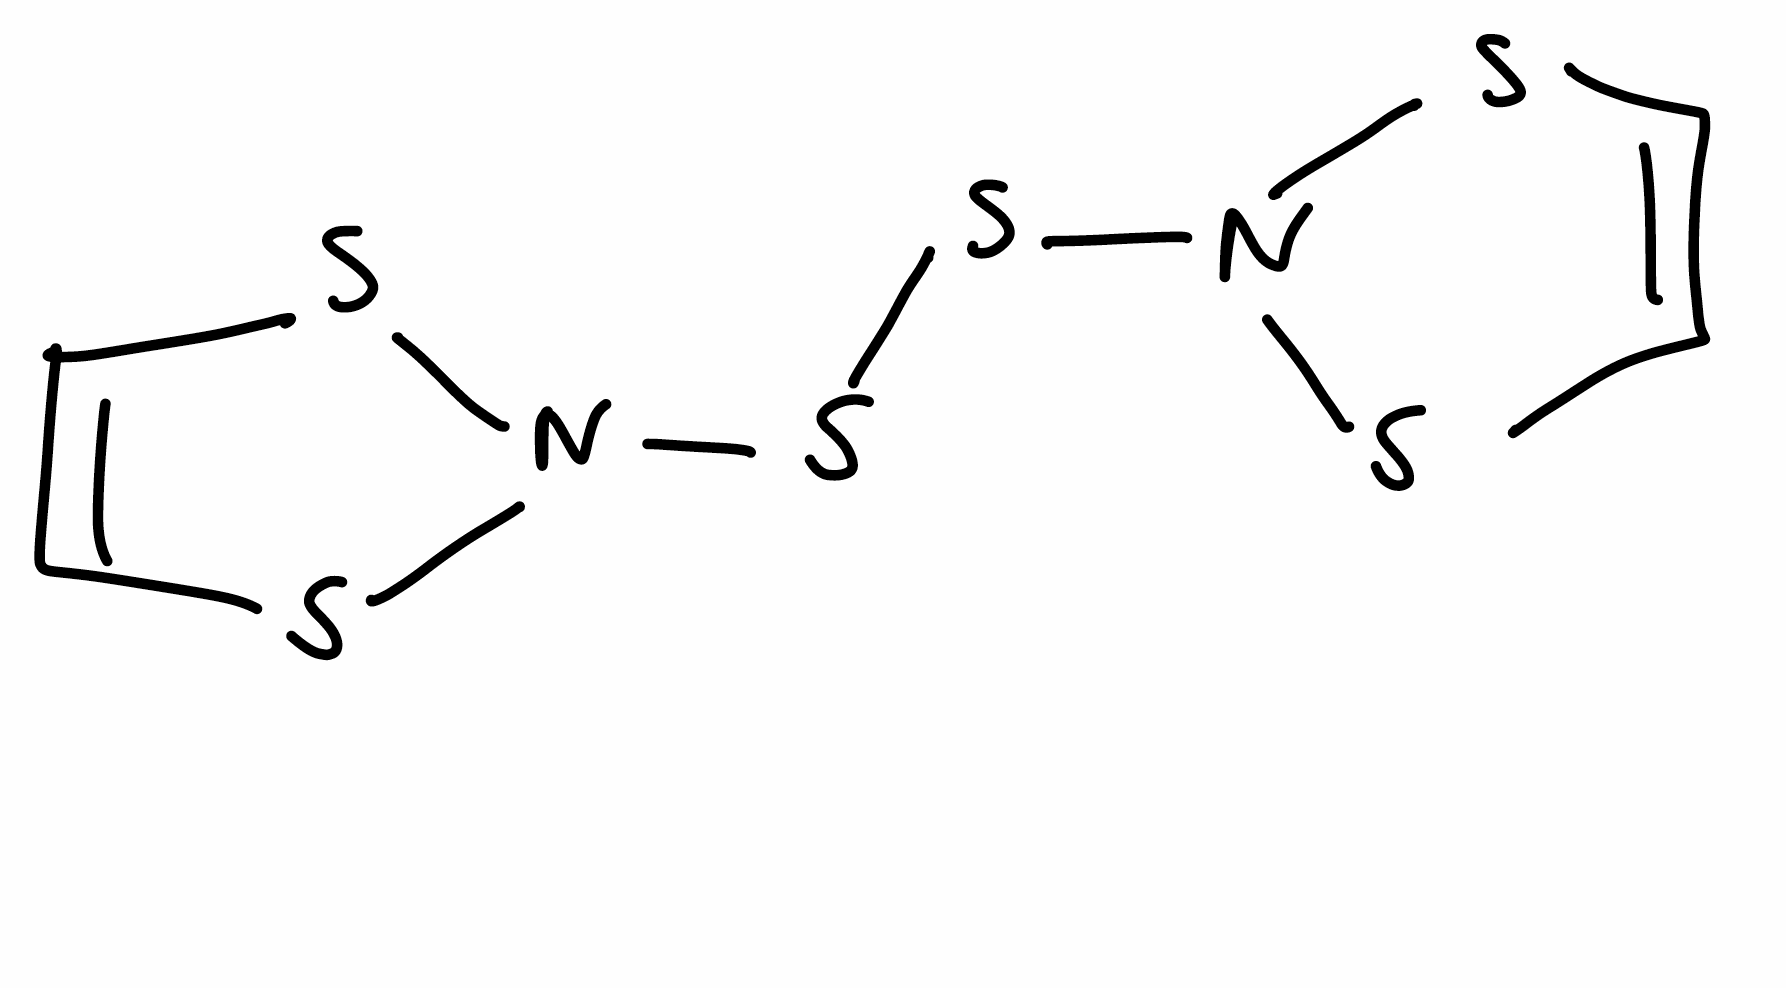
Simplified molecular-input line-entry system (SMILES) notation of the given molecule:
C1=CSN(S1)SSN2SC=CS2